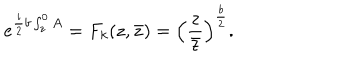
LaTeX: e ^ { { \frac { i } { 2 } } b \int _ { z } ^ { 0 } A } = F _ { k } ( z , \bar { z } ) = \left( { \frac { z } { \bar { z } } } \right) ^ { \frac { b } { 2 } } .